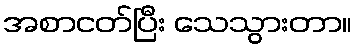
အစာငတ်ပြီး သေသွားတာ။